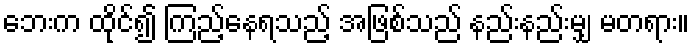
ဘေးက ထိုင်၍ ကြည့်နေရသည့် အဖြစ်သည် နည်းနည်းမျှ မတရား။